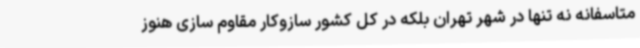
متاسفانه نه تنها در شهر تهران بلکه در کل کشور سازوکار مقاوم سازی هنوز